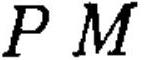
\(PM\)